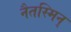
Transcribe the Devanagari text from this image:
नैतस्मिन्